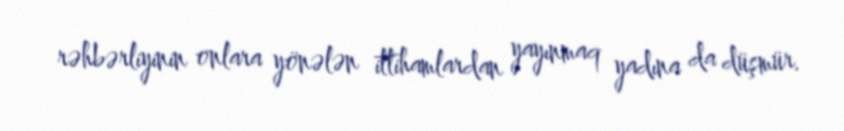
rəhbərliyinin onlara yönələn ittihamlardan yayınmaq yadına da düşmür.